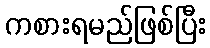
ကစားရမည်ဖြစ်ပြီး